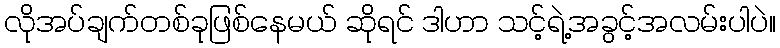
လိုအပ်ချက်တစ်ခုဖြစ်နေမယ် ဆိုရင် ဒါဟာ သင့်ရဲ့အခွင့်အလမ်းပါပဲ။